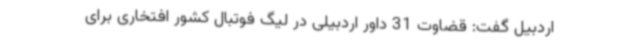
اردبیل گفت: قضاوت 31 داور اردبیلی در لیگ فوتبال کشور افتخاری برای